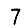
Digit: 7